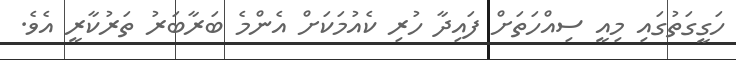
ހަގީގަތުގައި މިއީ ސިއްހަތަށް ފައިދާ ހުރި ކެއުމަކަށް އެންމެ ބަރާބަރު ތަރުކާރީ އެވެ.